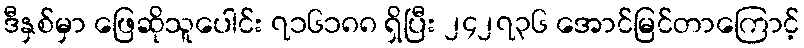
ဒီနှစ်မှာ ဖြေဆိုသူပေါင်း ၇၁၆၁၈၈ ရှိပြီး ၂၄၂၇၃၆ အောင်မြင်တာကြောင့်